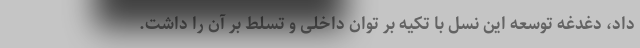
داد، دغدغه توسعه این نسل با تکیه بر توان داخلی و تسلط بر آن را داشت.